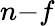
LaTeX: n{-}f